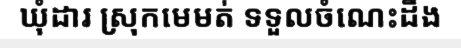
ឃុំដារ ស្រុកមេមត់ ទទួលចំណេះដឹង